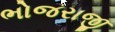
ભોજરાજી